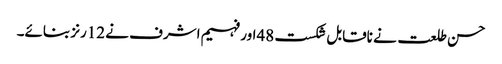
حسن طلعت نے ناقابل شکست 48اور فہیم اشرف نے 12رنز بنائے۔